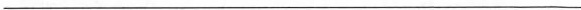
—